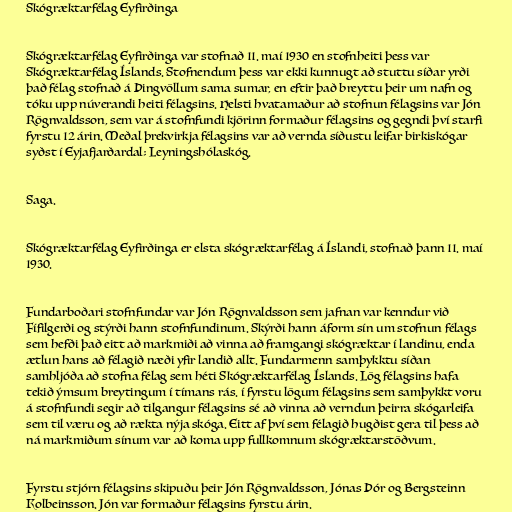
Skógræktarfélag Eyfirðinga

Skógræktarfélag Eyfirðinga var stofnað 11. maí 1930 en stofnheiti þess var
Skógræktarfélag Íslands. Stofnendum þess var ekki kunnugt að stuttu síðar yrði
það félag stofnað á Þingvöllum sama sumar, en eftir það breyttu þeir um nafn og
tóku upp núverandi heiti félagsins. Helsti hvatamaður að stofnun félagsins var Jón
Rögnvaldsson, sem var á stofnfundi kjörinn formaður félagsins og gegndi því starfi
fyrstu 12 árin. Meðal þrekvirkja félagsins var að vernda síðustu leifar birkiskógar
syðst í Eyjafjarðardal; Leyningshólaskóg.

Saga.

Skógræktarfélag Eyfirðinga er elsta skógræktarfélag á Íslandi, stofnað þann 11. maí
1930.

Fundarboðari stofnfundar var Jón Rögnvaldsson sem jafnan var kenndur við
Fífilgerði og stýrði hann stofnfundinum. Skýrði hann áform sín um stofnun félags
sem hefði það eitt að markmiði að vinna að framgangi skógræktar í landinu, enda
ætlun hans að félagið næði yfir landið allt. Fundarmenn samþykktu síðan
samhljóða að stofna félag sem héti Skógræktarfélag Íslands. Lög félagsins hafa
tekið ýmsum breytingum í tímans rás. í fyrstu lögum félagsins sem samþykkt voru
á stofnfundi segir að tilgangur félagsins sé að vinna að verndun þeirra skógarleifa
sem til væru og að rækta nýja skóga. Eitt af því sem félagið hugðist gera til þess að
ná markmiðum sínum var að koma upp fullkomnum skógræktarstöðvum.

Fyrstu stjórn félagsins skipuðu þeir Jón Rögnvaldsson, Jónas Þór og Bergsteinn
Kolbeinsson. Jón var formaður félagsins fyrstu árin.